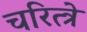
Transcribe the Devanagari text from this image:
चरित्त्रे